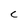
Character: c